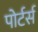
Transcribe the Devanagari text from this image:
पोर्टर्स